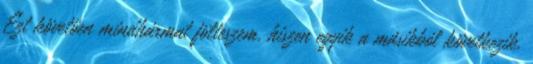
Ezt követően mindhármat fölteszem, hiszen egyik a másikból következik.